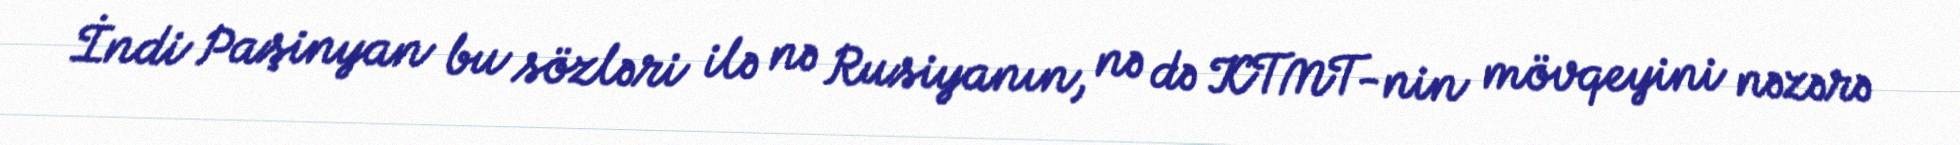
İndi Paşinyan bu sözləri ilə nə Rusiyanın, nə də KTMT-nin mövqeyini nəzərə